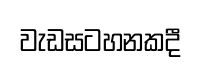
වැඩසටහනකදී